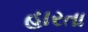
હારતા